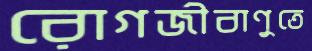
রোগজীবাণুতে